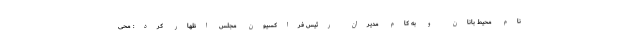
نام محیط ‌بانان و به کام مدیران رئیس فراکسیون مجلس اظهار کرد: محی